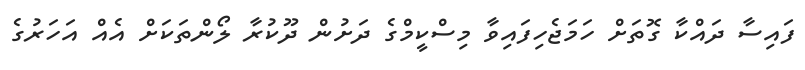
ފައިސާ ދައްކާ ގޮތަށް ހަމަޖެހިފައިވާ މިސްކީމްގެ ދަށުން ދޫކުރާ ލޯންތަކަށް އެއް އަހަރުގެ